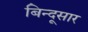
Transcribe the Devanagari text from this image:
बिन्दूसार